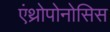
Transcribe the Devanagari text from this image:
एंथ्रोपोनोसिस